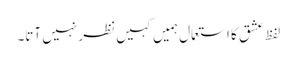
لفظ عشق کا استعمال ہمیں کہیں نظر نہیں آتا۔